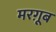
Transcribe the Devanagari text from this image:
मरग़ूब